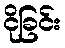
ငိုခြင်း